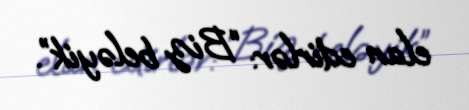
elan edirlər: “Biz beləyik”.